General report no. 6 on the lunatic asylums, vaccination and dispensaries in the Bengal Presidency, 1873 -
Year: 1873
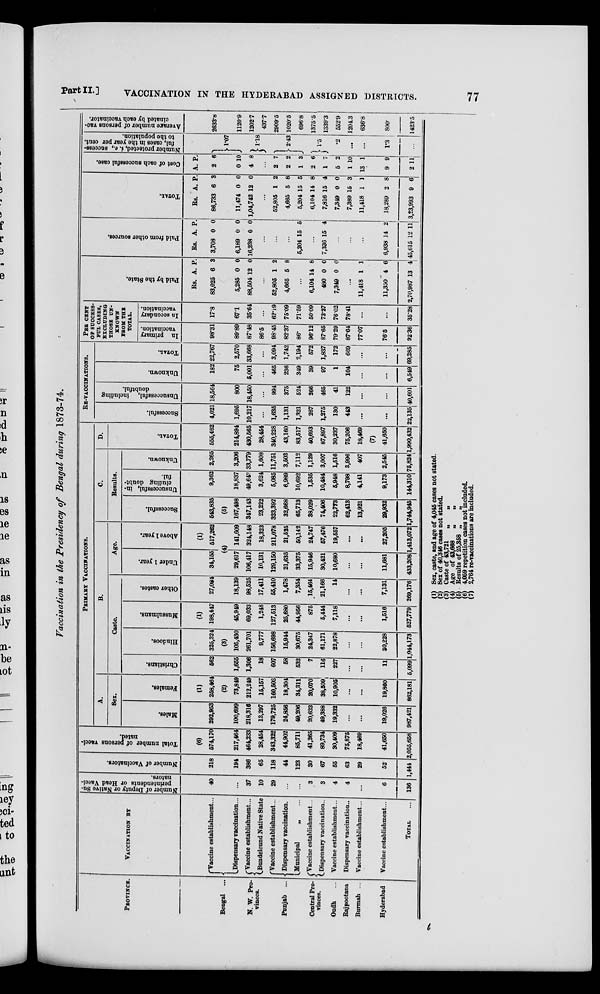
Part II]
VACCINATION IN THE HYDERABAD ASSIGNED DISTRICTS.
77
Vaccination in the Presidency of Bengal during 1873-74.
PROVINCE.
Bengal ...
N. W. Pro-
vinces.
Punjab ...
Central Pro-
vinces.
Oudh ...
Rajpootana
Burmah ...
Hyderabad
VACCINATION BY
Vaccine establishment...
Dispensary vaccination...
Vaccine establishment...
Bundelcund Native State
Vaccine establishment...
Dispensary vaccination.
Municipal
„ ...
Vaccine establishment...
Dispensary vaccination..
Vaccine establishment...
Dispensary vaccination..
Vaccine establishment...
Vaccine establishment...
TOTAL
Number of Deputy or Native Su-
perintendents or Head Vacci-
nators.
40
...
37
10
29
...
...
3
3
4
4
...
6
136
Number of Vaccinators.
218
194
386
65
118
44
123
30
67
55
63
29
52
1,444
Total number of persons vacci-
nated.
(6)
574,170
217,464
464,233
28,454
343,322
44,902
85,711
41,265
89,734
30,409
75,875
18,469
41,650
2,055,658
PRIMARY VACCINATIONS.
A.
Sex.
Males.
292,953
100,699
218,316
13,297
179,725
24,856
49,206
20,623
49,388
19,332
...
...
19,026
987,421
Females.
(1)
258,464
(2)
73,849
212,249
15,157
160,503
18,304
34,311
20,070
38,509
10,905
...
...
19,860
862,181
B.
Caste.
Christians.
562
1,655
1,306
18
607
58
532
7
116
227
...
...
11
5,099
Hindoos.
325,324
(3)
105,430
261,701
9,777
156,698
15,944
30,675
24,347
61,171
22,878
...
...
80,228
1,044,173
Mussulmans.
(1)
198,447
45,949
69,033
1,248
127,513
25,680
44,956
875
5,444
7,118
...
...
1,516
527,779
Other castes.
27,084
18,139
98,525
17,411
55,410
1,478
7,354
15,464
21,166
14
...
...
7,131
269,176
Age.
Under 1 year.
34,155
Above 1 year.
(1)
517,262
(4)
29,617
106,417
10,131
129,150
21,635
33,375
15,946
30,421
10,680
...
...
11,681
433,208
141,609
324,148
18,323
211,078
21,525
50,142
24,747
57,476
19,557
...
...
27,205
1,413,072
C.
Results.
Successful.
543,835
(5)
167,498
347,143
23,222
323,392
32,668
65,713
38,029
74,406
22,773
62,413
13,921
29,932
1,744,945
Unsuccessful, in-
cluding doubt-
ful.
9,362
18,837
49,643
3,624
5,085
6,989
10,692
1,535
10,484
5,948
8,798
4,141
9,173
144,310
Unknown.
2,265
3,206
33,779
1,608
11,751
3,503
7,112
1,129
3,007
1,516
3,996
407
2,545
75,824
D.
TOTAL.
555,462
214,894
430,565
28,454
340,228
43,160
83,517
40,693
87,897
30,237
75,206
18,469
(7)
41,650
1,990,432
RE-VACCINATIONS.
Successful.
4,021
1,695
10,217
...
1,635
1,131
1,321
267
1,275
130
443
...
...
22,135
Unsuccessful,
including
doubtful.
18,564
800
18,450
...
994
375
524
266
465
41
122
...
...
40,601
Unknown.
182
75
5,001
...
465
236
349
39
97
1
104
...
...
6,549
TOTAL.
22,767
2,570
33,668
...
3,094
1,742
2,194
572
1,837
172
669
...
...
69,285
PER CENT
OF SUCCESS¬
FUL CASES,
EXCLUDING
THOSE UN¬
KNOWN
FROM THE
TOTAL.
In primary
vaccination.
98.31
89.89
87.48
86.5
98.45
82.37
86.
96.12
87.65
79.29
87.64
77.07
76.5
92.36
In secondary
vaccination.
17.8
67.1
35.64
...
62.19
75.09
71.59
50.09
73.27
76.02
78.41
...
...
35.28
Paid by the State.
Rs.
83,025
5,285
88,504
A.
6
0
12
P.
3
0
0
...
52,805
4,665
1
5
2
8
...
6,104
480
7,349
14
0
0
8
0
0
...
11,418
11,350
2,70,987
1
4
13
1
6
4
Paid from other sources.
Rs.
3,708
6,189
16,238
A.
0
0
0
P.
0
0
0
...
...
...
5,204 15 5
...
7,336 15 4
...
...
...
6,938
45,615
14
12
2
11
TOTAL.
Rs.
86,733
11,474
1,04,742
A.
6
0
12
P.
3
0
0
...
52,805
4,665
5,204
6,104
7,816
7,349
7,389
11,418
18,289
3,23,993
1
5
15
14
15
0
15
1
2
9
2
8
5
8
4
0
3
1
8
6
Cost of each successful case.
A.
2
0
4
P.
6
10
8
...
2
2
1
2
1
5
1
13
9
2
7
2
3
6
7
2
10
1
9
11
Number protected, i. e., success-
ful, cases in the year per cent.
to the p
1.07
1.18
2.43
1.5
.2
...
...
1.3
...
Average number of persons vac¬
cinated
by
each
vaccinator.
2633.8
1120.9
1202.7
437.7
2909.5
1020.5
696.8
1375.5
1339.3
552.9
1204.3
636.8
800.
1423.5
(1) Sex, caste, and age of 4,045 cases not stated.
(2) Sex of 40,316 cases not stated.
(3) Caste of 43,721 „ „
(4) Age of 43,668 „ „
(5) Results of 25,358 „
„
(6) 4,059 repetition cases not included.
(7) 2,764 re-vaccinations are included.
t